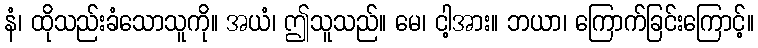
နံ၊ ထိုသည်းခံသောသူကို။ အယံ၊ ဤသူသည်။ မေ၊ ငါ့အား။ ဘယာ၊ ကြောက်ခြင်းကြောင့်။